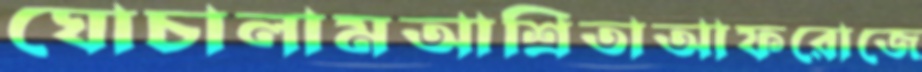
ঘোচালামআশ্রিতাআফরোজে